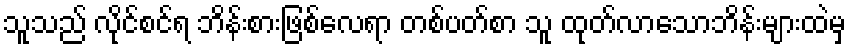
သူသည် လိုင်စင်ရ ဘိန်းစားဖြစ်လေရာ တစ်ပတ်စာ သူ ထုတ်လာသောဘိန်းများထဲမှ